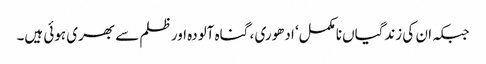
جبکہ ان کی زندگیاں نامکمل‘ ادھوری ، گناہ آلودہ اور ظلم سے بھری ہوئی ہیں۔